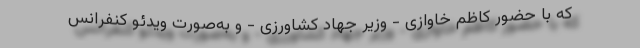
که با حضور کاظم خاوازی - وزیر جهاد کشاورزی - و به‌صورت ویدئو کنفرانس